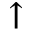
\uparrow